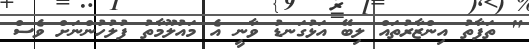
" ތަފާތު އިންޒާރުތައް ލިބޭ އަޅުގަނޑު ވާނީ އެ މައުލޫމާތު ފުލުހުންނަށް ވެސް